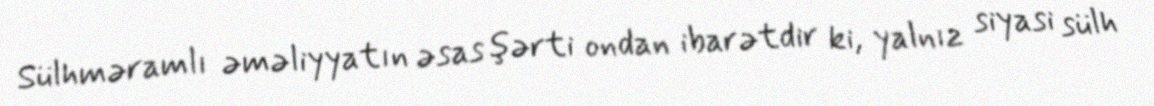
Sülhməramlı əməliyyatın əsas şərti ondan ibarətdir ki, yalnız siyasi sülh